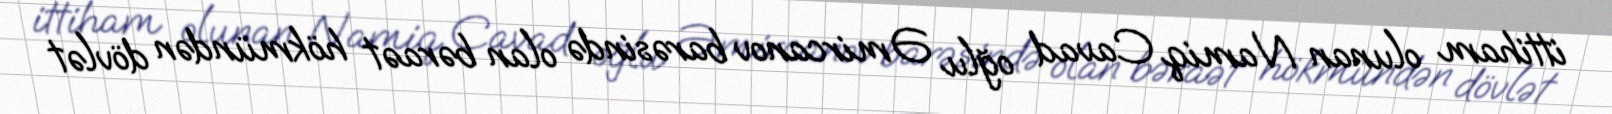
ittiham olunan Namiq Cavad oğlu Əmircanov barəsində olan bəraət hökmündən dövlət